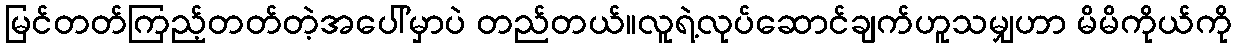
မြင်တတ်ကြည့်တတ်တဲ့အပေါ်မှာပဲ တည်တယ်။လူရဲ့လုပ်ဆောင်ချက်ဟူသမျှဟာ မိမိကိုယ်ကို